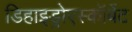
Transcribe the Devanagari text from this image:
डिहाइड्रोएस्कॉर्बेट